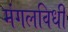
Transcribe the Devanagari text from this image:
मंगलविधी